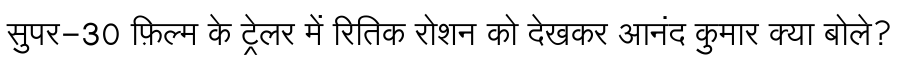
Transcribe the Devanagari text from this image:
सुपर-30 फ़िल्म के ट्रेलर में रितिक रोशन को देखकर आनंद कुमार क्या बोले?